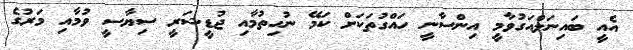
އެއީ ބައިނަލްއަގުވާމީ އިންސާނީ ހައްގުތަކަށް ކަމޭ ނުހިތުމާއި ޖުޑީޝަރީ ސިޔާސީ ވުމާއި މަރުގެ